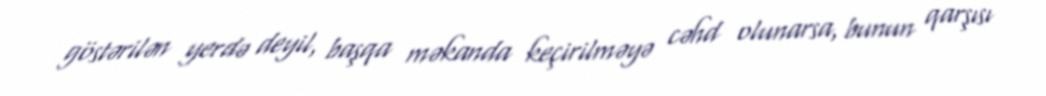
göstərilən yerdə deyil, başqa məkanda keçirilməyə cəhd olunarsa, bunun qarşısı